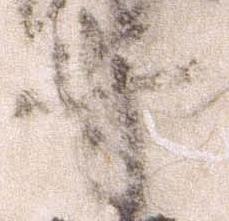
守